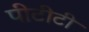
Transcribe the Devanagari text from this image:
पीटीटी